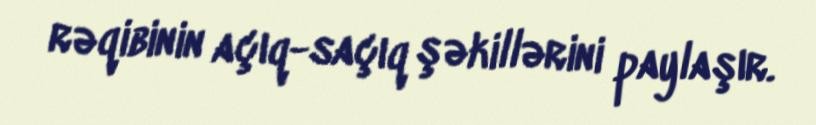
rəqibinin açıq-saçıq şəkillərini paylaşır.